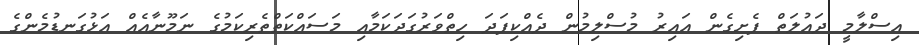
އިސްލާމީ ދައުލަތް ފެށިގެން އައިރު މުސްލިމުން ދެއްކިފަދަ ހިތްވަރުގަދަކަމާއި މަސައްކަތްތެރިކަމުގެ ނަމޫނާއެއް އަޅުގަނޑުމެންގެ